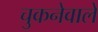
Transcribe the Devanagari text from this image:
चुकनेवाले